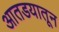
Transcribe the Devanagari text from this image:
आतडयातून